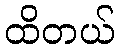
ထိတယ်